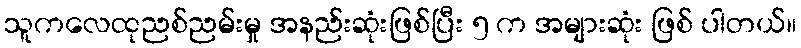
သူကလေထုညစ်ညမ်းမှု အနည်းဆုံးဖြစ်ပြီး ၅ က အများဆုံး ဖြစ် ပါတယ်။